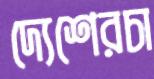
দ্যেশেরচা